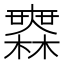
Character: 𣞤